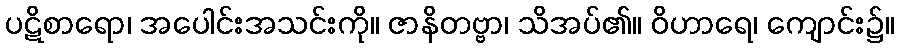
ပဋိစာရော၊ အပေါင်းအသင်းကို။ ဇာနိတဗ္ဗာ၊ သိအပ်၏။ ဝိဟာရေ၊ ကျောင်း၌။